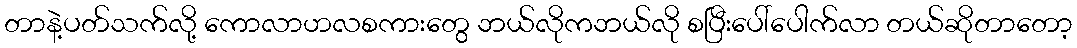
တာနဲ့ပတ်သက်လို့ ကောလာဟလစကားတွေ ဘယ်လိုကဘယ်လို စပြီးပေါ်ပေါက်လာ တယ်ဆိုတာတော့